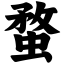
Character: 蝥